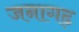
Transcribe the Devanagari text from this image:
जनागढ़